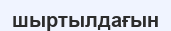
шыртылдағын